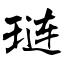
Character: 琏